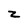
Character: z